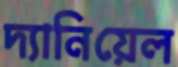
দ্যানিয়েল